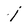
Character: j